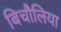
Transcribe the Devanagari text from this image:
बिचौलिया